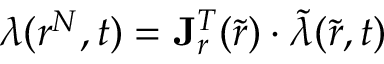
\boldsymbol { \lambda } ( \boldsymbol { r } ^ { N } , t ) = \mathbf { J } _ { \boldsymbol { r } } ^ { T } ( \tilde { \boldsymbol { r } } ) \cdot \boldsymbol { \tilde { \lambda } } ( \boldsymbol { \tilde { r } } , t )